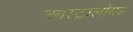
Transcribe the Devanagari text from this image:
आस्ट्रालॉयड